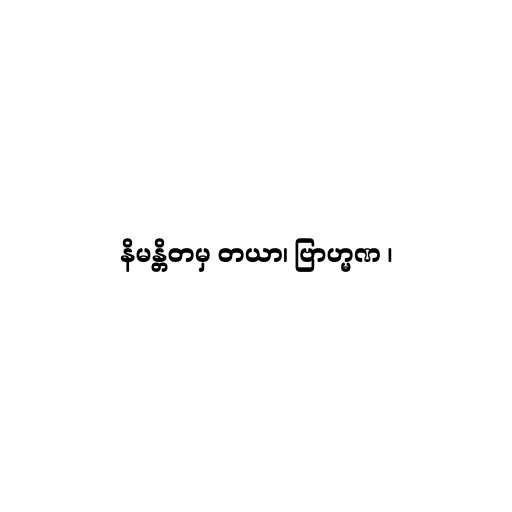
နိမန္တိတမှ တယာ၊ ဗြာဟ္မဏ ၊